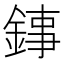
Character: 𨧫